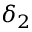
\delta _ { 2 }